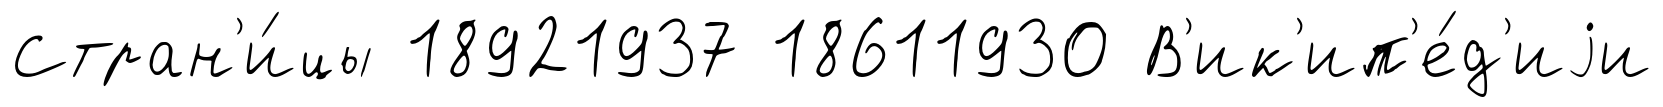
Стран'и́цы 18921937 18611930 В'ик'ип'е́д'иjи